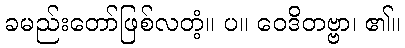
ခမည်းတော်ဖြစ်လတံ့။ ပ။ ဝေဒိတဗ္ဗာ၊ ၏။